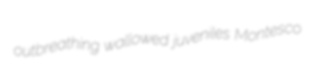
outbreathing wallowed juveniles Montesco